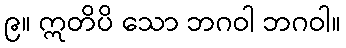
၉။ ဣတိပိ သော ဘဂဝါ ဘဂဝါ။